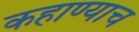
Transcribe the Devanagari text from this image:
कहाण्याच